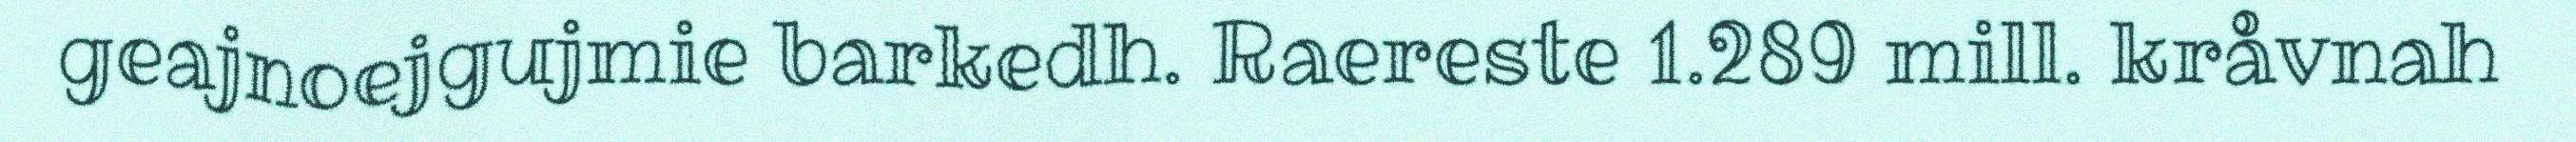
geajnoejgujmie barkedh. Raereste 1.289 mill. kråvnah